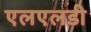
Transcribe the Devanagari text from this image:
एलएलडी